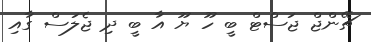
ޗޭންޖް ޖަސްޓް ބީ ހޫ ޔޫ އާ ބީ ދި ޖެލަސް ގާއި